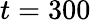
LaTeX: t=300